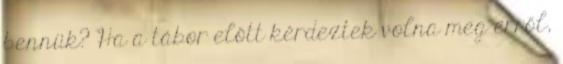
bennük? Ha a tábor előtt kérdeztek volna meg erről,